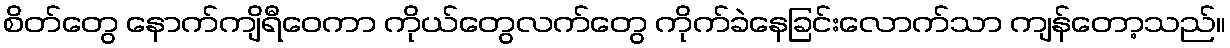
စိတ်တွေ နောက်ကျိရီဝေကာ ကိုယ်တွေလက်တွေ ကိုက်ခဲနေခြင်းလောက်သာ ကျန်တော့သည်။